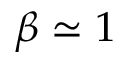
\beta \simeq 1